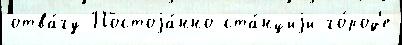
отва́гу Постоjа́нно ста́нциjи го́род'е